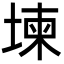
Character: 堜